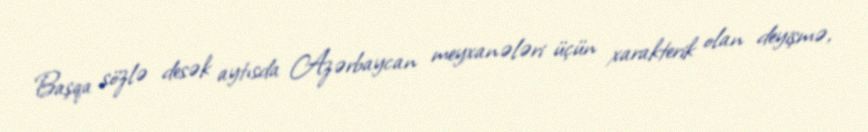
Başqa sözlə desək aytısda Azərbaycan meyxanələri üçün xarakterik olan deyişmə,